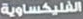
الفليكساوية